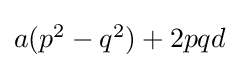
{\textstyle a(p^{2}-q^{2})+2pqd}